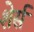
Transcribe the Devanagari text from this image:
शेर्स